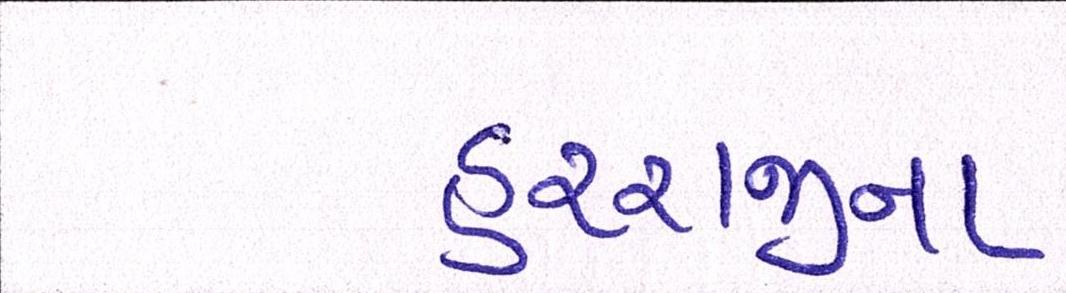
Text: હરરાજીના